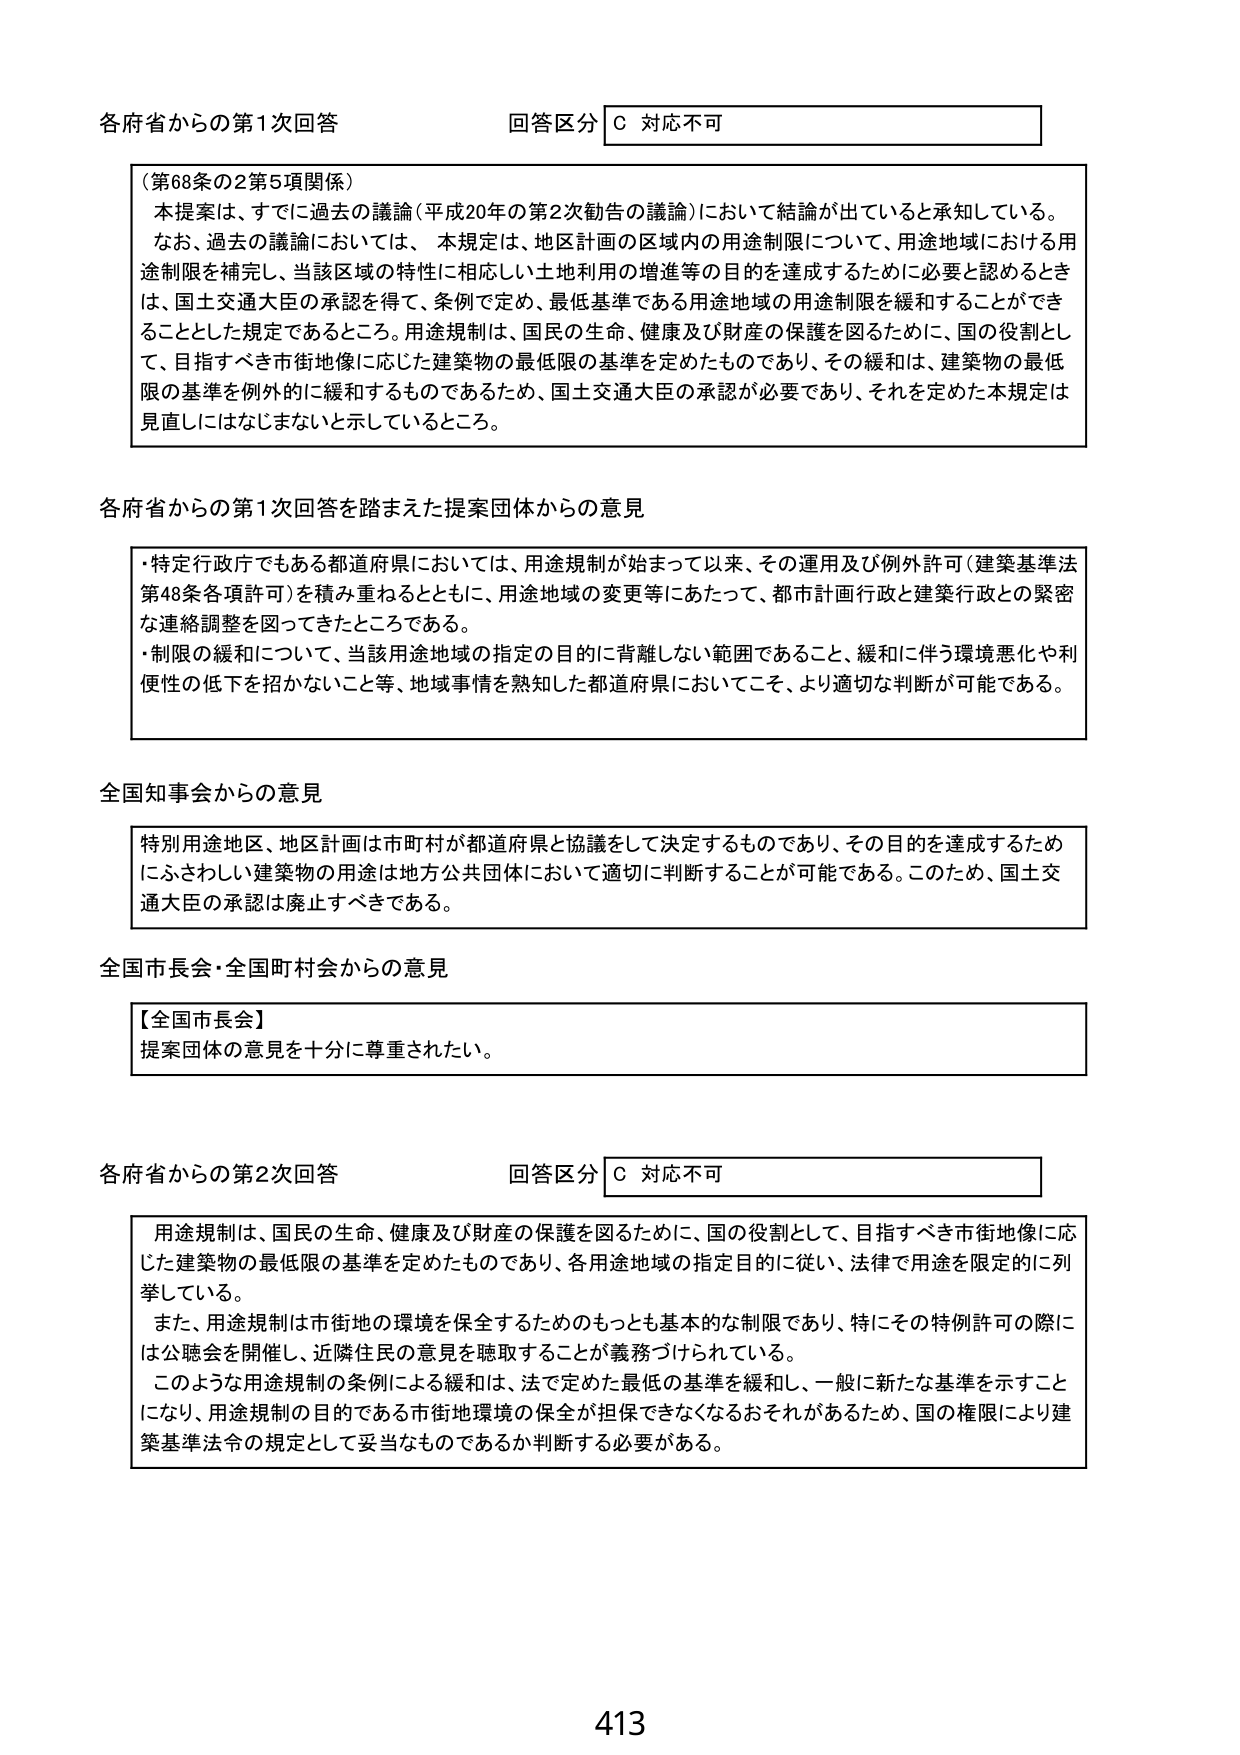
各府省からの第1次回答 回答区分 C 対応不可

（第68条の2第5項関係）
本提案は、すでに過去の議論（平成20年の第2次勧告の議論）において結論が出ていると承知している。
なお、過去の議論においては、本規定は、地区計画の区域内の用途制限について、用途地域における用途制限を補完し、当該区域の特性に相応しい土地利用の増進等の目的を達成するために必要と認めるときは、国土交通大臣の承認を得て、条例で定め、最低基準である用途地域の用途制限を緩和することができることとした規定であるところ。用途規制は、国民の生命、健康及び財産の保護を図るために、国の役割として、目指すべき市街地像に応じた建築物の最低限の基準を定めたものであり、その緩和は、建築物の最低限の基準を例外的に緩和するものであるため、国土交通大臣の承認が必要であり、それを定めた本規定は見直しにはなじまないと示しているところ。

各府省からの第1次回答を踏まえた提案団体からの意見

・特定行政庁でもある都道府県においては、用途規制が始まって以来、その運用及び例外許可（建築基準法第48条各項許可）を積み重ねるとともに、用途地域の変更等にあたって、都市計画行政と建築行政との緊密な連絡調整を図ってきたところである。
・制限の緩和について、当該用途地域の指定の目的に背離しない範囲であること、緩和に伴う環境悪化や利便性の低下を招かないこと等、地域事情を熟知した都道府県においてこそ、より適切な判断が可能である。

全国知事会からの意見

特別用途地区、地区計画は市町村が都道府県と協議をして決定するものであり、その目的を達成するためにふさわしい建築物の用途は地方公共団体において適切に判断することが可能である。このため、国土交通大臣の承認は廃止すべきである。

全国市長会・全国町村会からの意見

【全国市長会】
提案団体の意見を十分に尊重されたい。

各府省からの第2次回答 回答区分 C 対応不可

用途規制は、国民の生命、健康及び財産の保護を図るために、国の役割として、目指すべき市街地像に応じた建築物の最低限の基準を定めたものであり、各用途地域の指定目的に従い、法律で用途を限定的に列挙している。
また、用途規制は市街地の環境を保全するためのもっとも基本的な制限であり、特にその特例許可の際には公聴会を開催し、近隣住民の意見を聴取することが義務づけられている。
このような用途規制の条例による緩和は、法で定めた最低の基準を緩和し、一般に新たな基準を示すことになり、用途規制の目的である市街地環境の保全が担保できなくなるおそれがあるため、国の権限により建築基準法令の規定として妥当なものであるか判断する必要がある。

413